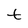
Character: t